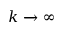
k \xrightarrow { } \infty